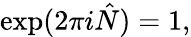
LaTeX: \exp(2\pi i\hat{N})=1,